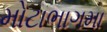
મોટાભાગમા